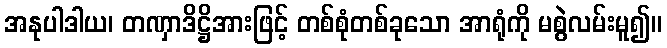
အနုပါဒါယ၊ တဏှာဒိဋ္ဌိအားဖြင့် တစ်စုံတစ်ခုသော အာရုံကို မစွဲလမ်းမူ၍။